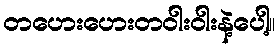
တဟေးဟေးတဝါးဝါးနဲ့ပေါ့။